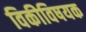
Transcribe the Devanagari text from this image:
विकीविषयक